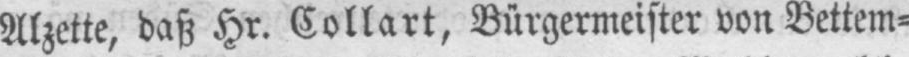
Alzette, daß Hr. Collart, Bürgermeister von Bettem⸗